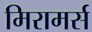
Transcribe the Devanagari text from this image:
मिरामर्स